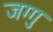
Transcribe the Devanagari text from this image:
जग्गु